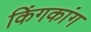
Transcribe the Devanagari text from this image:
किंगकांग